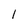
Character: l